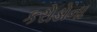
કરોડોના